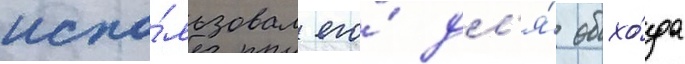
испо́льзовал его́ дл'я́ обхо́да